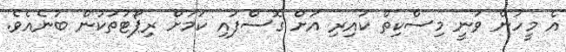
އެ މީހުން ވަނީ މިސްކިތް ކައިރި އަށް ގޮސްފައި ކަމަށް ރިޕޯޓުތަކުން ބުނެއެވެ.